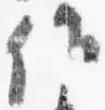
候